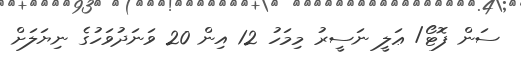
ސަން ފޮޓޯ/ ޢަލީ ނަސީރު މިމަހު 12 އިން 20 ވަނަދުވަހުގެ ނިޔަލަށް